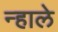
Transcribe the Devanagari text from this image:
न्हाले